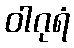
ဝါဂုရံ